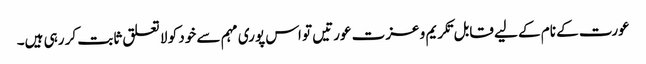
عورت کے نام کے لیے قابل تکریم و عزت عورتیں تو اس پوری مہم سے خود کو لا تعلق ثابت کر رہی ہیں۔